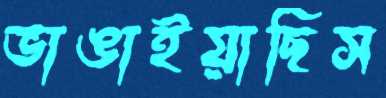
ভাঙাইয়াছিস